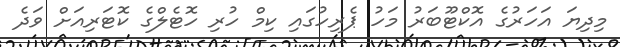
މިދިޔަ އަހަރުގެ އޮކްޓޫބަރު މަހު ޕެރިހުގައި ކިމް ހުރި ހޮޓެލްގެ ކޮޓަރިއަށް ވަދެ